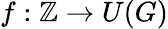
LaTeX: f:\mathbb{Z}\to U(G)